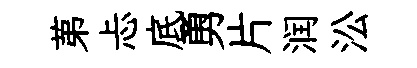
苐忐底勇片润㳂